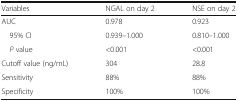
<table><thead><tr><td><b>Variables</b></td><td><b>NGAL on day 2</b></td><td><b>NSE on day 2</b></td></tr></thead><tbody><tr><td>AUC</td><td>0.978</td><td>0.923</td></tr><tr><td> 95% CI</td><td>0.939–1.000</td><td>0.810–1.000</td></tr><tr><td> <i>P</i> value</td><td>&lt;0.001</td><td>&lt;0.001</td></tr><tr><td>Cutoff value (ng/mL)</td><td>304</td><td>28.8</td></tr><tr><td>Sensitivity</td><td>88%</td><td>88%</td></tr><tr><td>Specificity</td><td>100%</td><td>100%</td></tr></tbody></table>